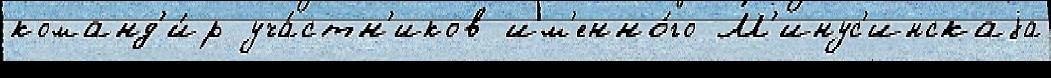
команд'и́р уча́стн'иков им'енно́го М'инус'инскаjа